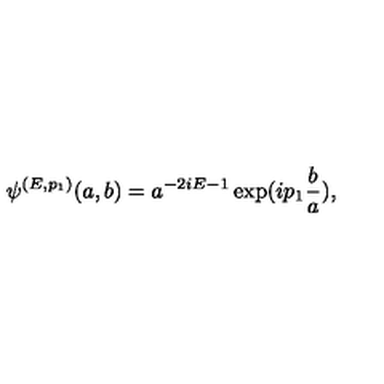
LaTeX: \psi ^ { ( E , p _ { 1 } ) } ( a , b ) = a ^ { - 2 i E - 1 } \exp ( i p _ { 1 } \frac { b } { a } ) ,